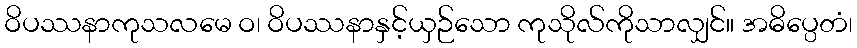
ဝိပဿနာကုသလမေ ဝ၊ ဝိပဿနာနှင့်ယှဉ်သော ကုသိုလ်ကိုသာလျှင်။ အဓိပ္ပေတံ၊